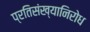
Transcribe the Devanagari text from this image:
प्रतिसंख्यानिरोध